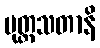
ပုတ္တသတာနိ